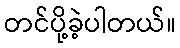
တင်ပို့ခဲ့ပါတယ်။